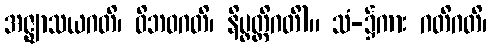
အဇ္ဈာသယဂတိ၊ ဝိဘဝဂတိ၊ နိပ္ဖတ္တိဂတိ)။ သံ-၌ကား ဂတိဂတိ၊